Problem: 29 + 47 = ?
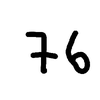
Handwritten answer: 76